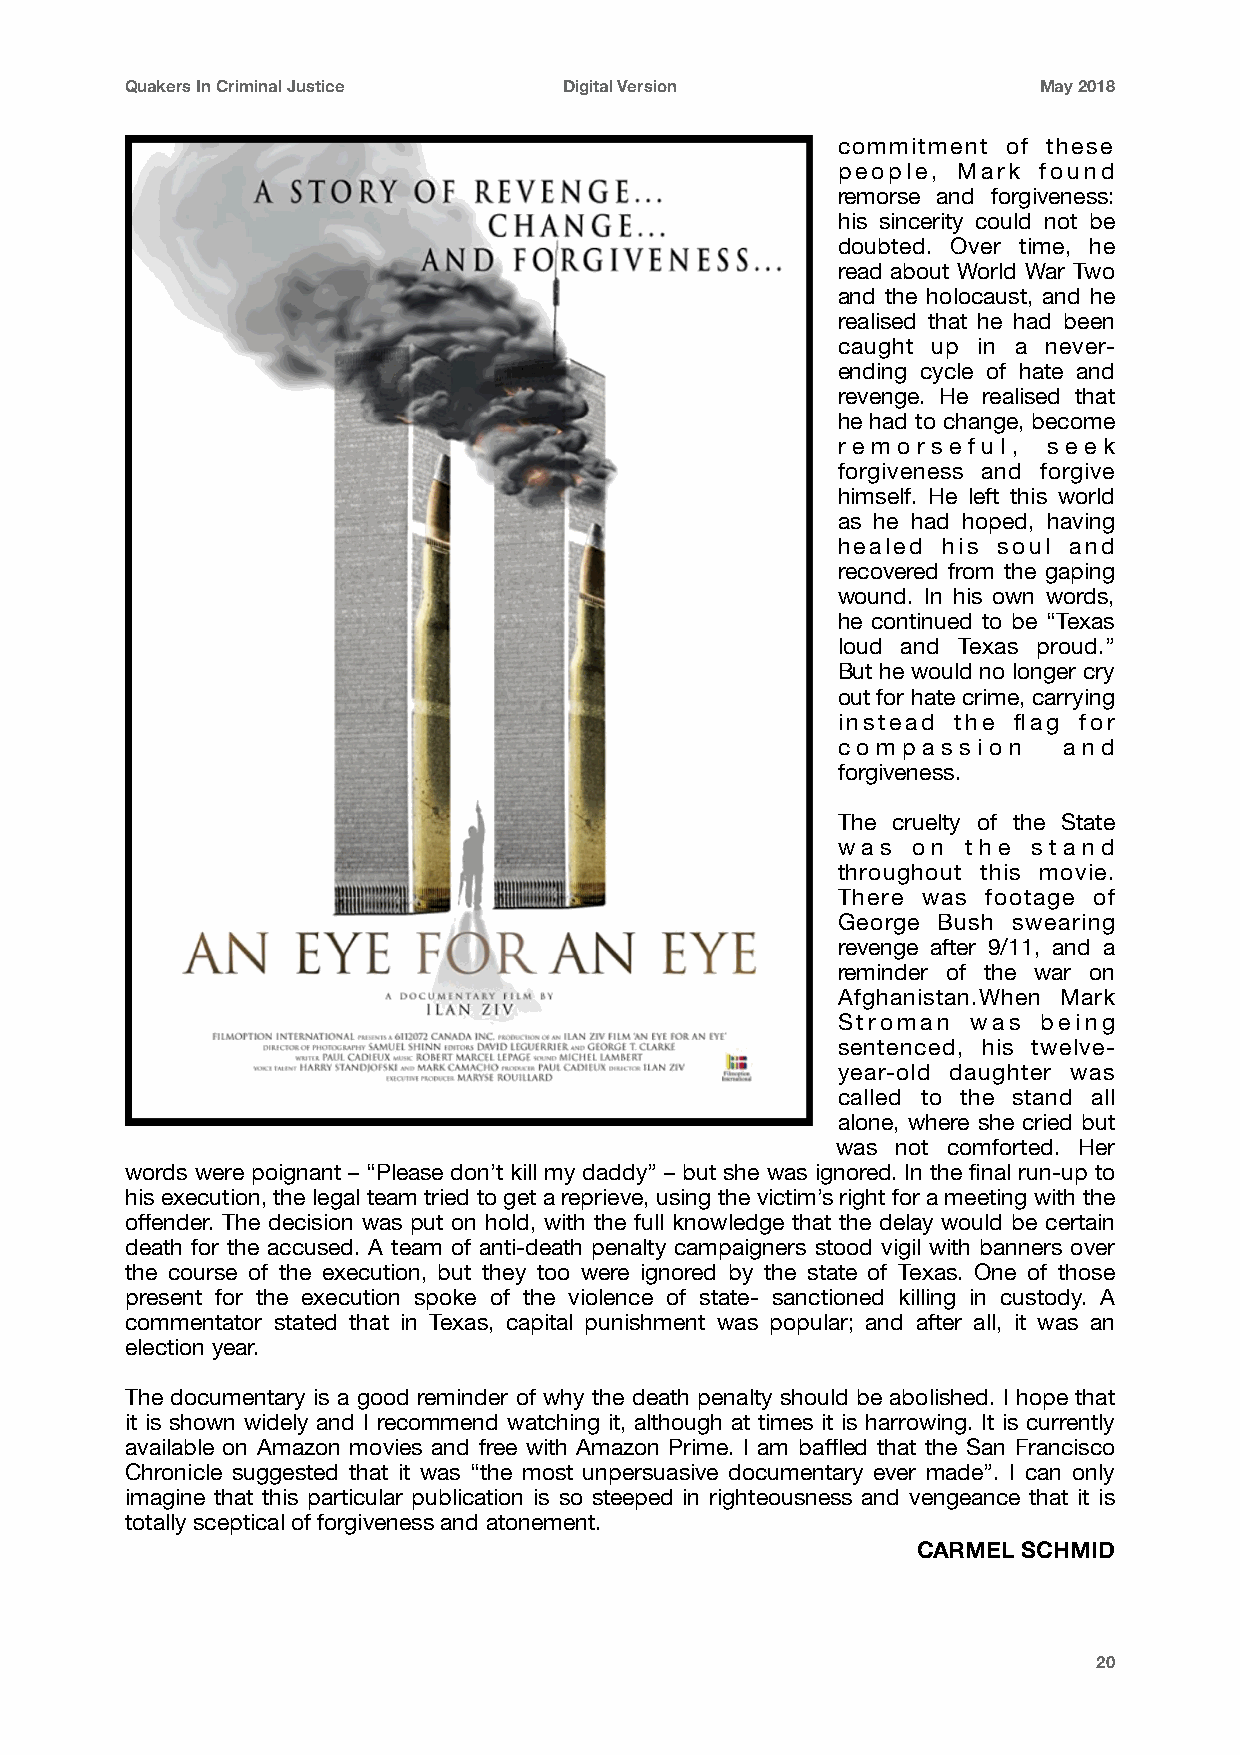
Quakers In Criminal Justice  Digital Version                 May 2018
 commitment  of these
 people, Mark  found
 remorse and forgiveness:
 his sincerity could not be
 doubted. Over time, he
 read about World War Two
 and the holocaust, and he
 realised that he had been
 caught up in a never-
 ending cycle of hate and
 revenge. He realised that
 he had to change, become
 re m o r s e f u l , s e e k
 forgiveness and forgive
 himself. He left this world
 as he had hoped, having
 healed his soul and
 recovered from the gaping
 wound. In his own words,
 he continued to be “Texas
 loud and Texas proud.”
 But he would no longer cry
 out for hate crime, carrying
 instead the flag for
 c o m p a s s i o n a n d
 forgiveness.
 The cruelty of the State
 w a s o n t h e s t a n d
 throughout this movie.
 There was footage of
 George Bush swearing
 revenge after 9/11, and a
 reminder of the war on
 Afghanistan.When Mark
 Stroman  was  being
 sentenced, his twelve-
 year-old daughter was
 called to the stand all
 alone, where she cried but
 was not comforted. Her
 words were poignant – “Please don’t kill my daddy” – but she was ignored. In the final run-up to
 his execution, the legal team tried to get a reprieve, using the victim’s right for a meeting with the
 offender. The decision was put on hold, with the full knowledge that the delay would be certain
 death for the accused. A team of anti-death penalty campaigners stood vigil with banners over
 the course of the execution, but they too were ignored by the state of Texas. One of those
 present for the execution spoke of the violence of state- sanctioned killing in custody. A
 commentator stated that in Texas, capital punishment was popular; and after all, it was an
 election year.
 The documentary is a good reminder of why the death penalty should be abolished. I hope that
 it is shown widely and I recommend watching it, although at times it is harrowing. It is currently
 available on Amazon movies and free with Amazon Prime. I am baffled that the San Francisco
 Chronicle suggested that it was “the most unpersuasive documentary ever made”. I can only
 imagine that this particular publication is so steeped in righteousness and vengeance that it is
 totally sceptical of forgiveness and atonement.
 CARMEL SCHMID
 20